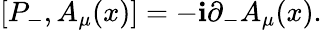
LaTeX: [P_{-},A_{\mu}(x)]=-\mathbf{i}{\partial}_{-}A_{\mu}(x).